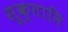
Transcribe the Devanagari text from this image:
सूक्तानि